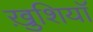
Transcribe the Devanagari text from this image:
ख़ुशियाॅ